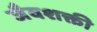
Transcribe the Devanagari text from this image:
जैवशक्ती